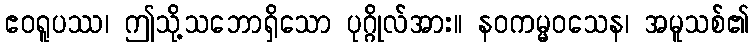
ဧဝရူပဿ၊ ဤသို့သဘောရှိသော ပုဂ္ဂိုလ်အား။ နဝကမ္မဝသေန၊ အမူသစ်၏